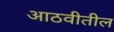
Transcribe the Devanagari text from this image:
आठवीतील